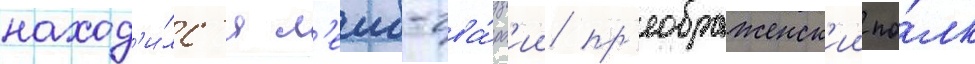
наход'и́лс'я л'еиб-гва́рд'ии пр'еображенск'ии по́лк